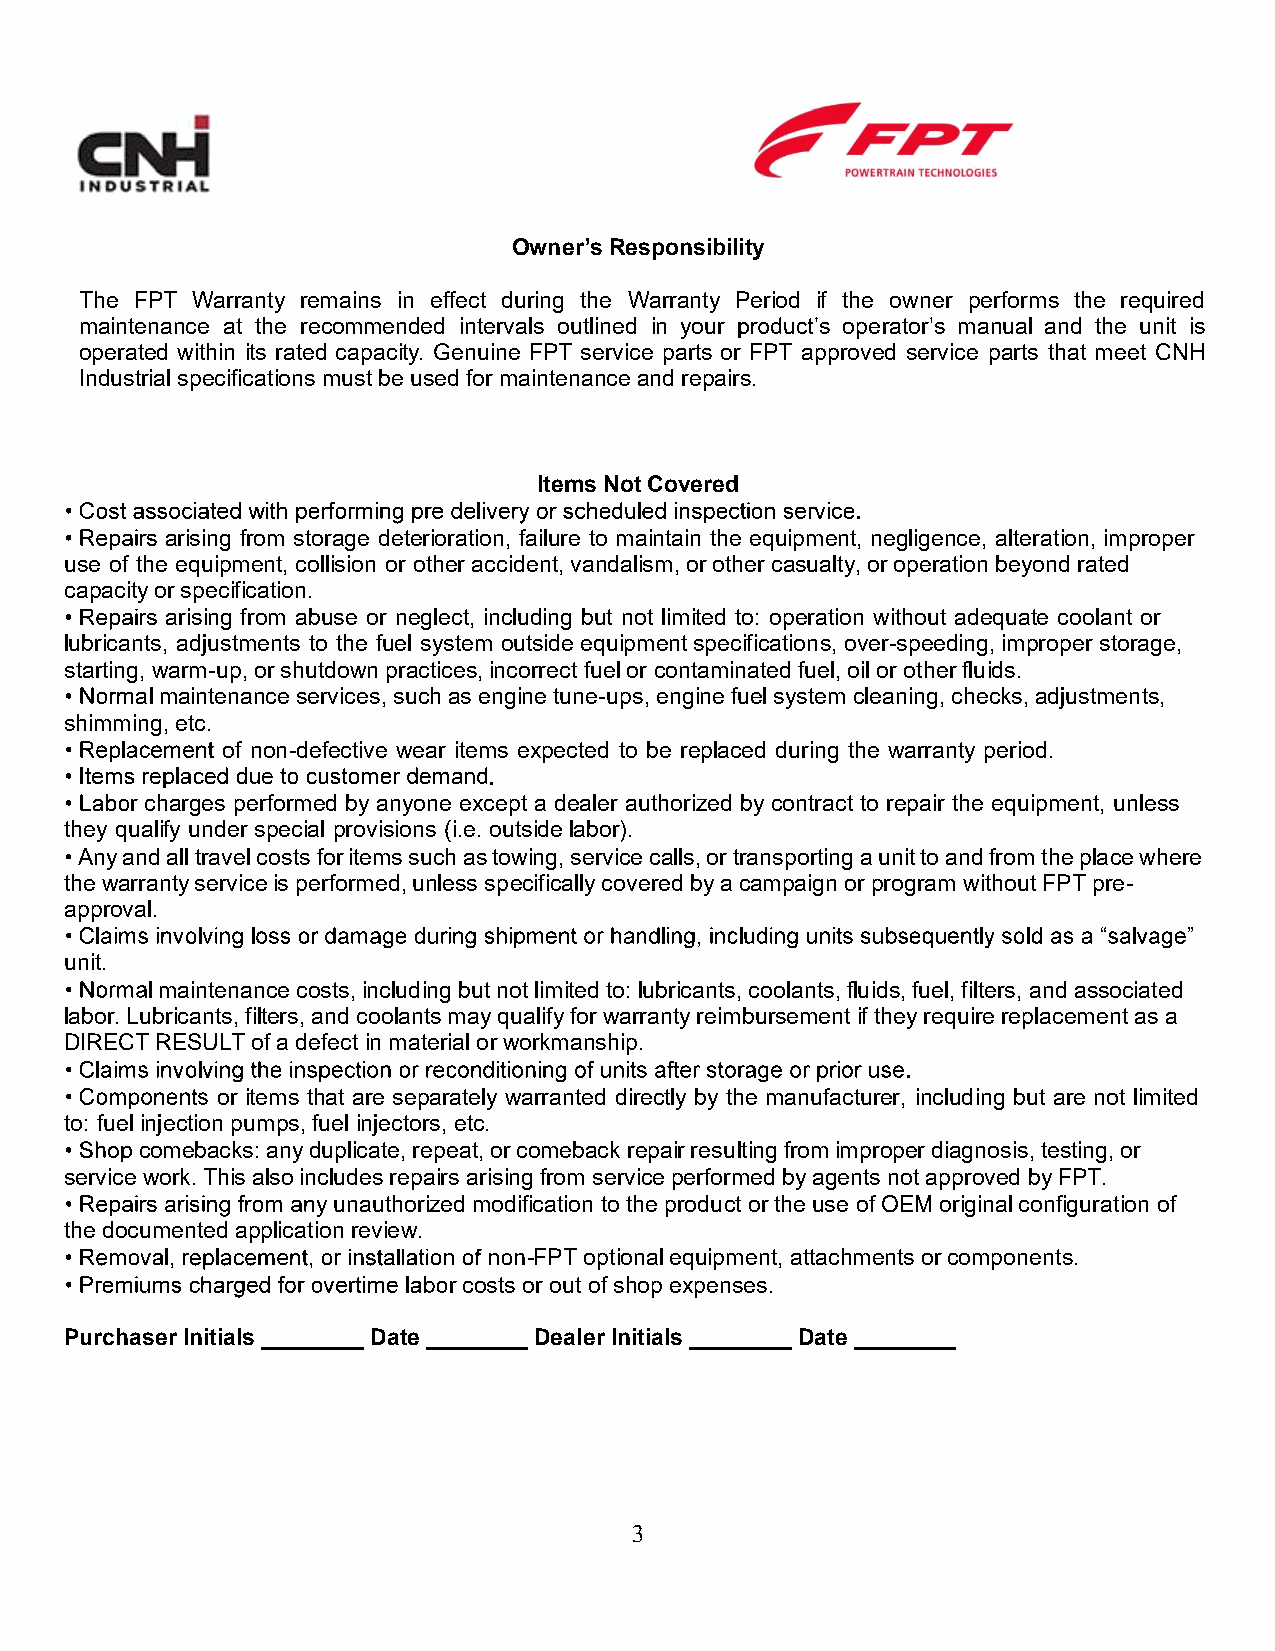
Owners Responsibility
 The FPT Warranty remains in effect during the Warranty Period if the owner performs the required
 maintenance at the recommended intervals outlined in your s operators manual and the unit is
 operated within its rated capacity. Genuine FPT service parts or FPT approved service parts that meet CNH
 Industrial specifications must be used for maintenance and repairs.
 Items Not Covered
 arising from storage deterioration, failure to maintain the equipment, negligence, alteration, improper
 use of the equipment, collision or other accident, vandalism, or other casualty, or operation beyond rated
 capacity or specification.
 arising from abuse or neglect, including but not limited to: operation without adequate coolant or
 lubricants, adjustments to the fuel system outside equipment specifications, over-speeding, improper storage,
 starting, warm-up, or shutdown practices, incorrect fuel or contaminated fuel, oil or other fluids.
 al maintenance services, such as engine tune-ups, engine fuel system cleaning, checks, adjustments,
 shimming, etc.
 of non-defective wear items expected to be replaced during the warranty period.
 r charges performed by anyone except a dealer authorized by contract to repair the equipment, unless
 they qualify under special provisions (i.e. outside labor).
 Any and all travel costs for items such as towing, service calls, or transporting a unit to and from the place where
 the warranty service is performed, unless specifically covered by a campaign or program without FPT pre-
 approval.
 unit.
 maintenance costs, including but not limited to: lubricants, coolants, fluids, fuel, filters, and associated
 labor. Lubricants, filters, and coolants may qualify for warranty reimbursement if they require replacement as a
 DIRECT RESULT of a defect in material or workmanship.
 or items that are separately warranted directly by the manufacturer, including but are not limited
 to: fuel injection pumps, fuel injectors, etc.
 comebacks: any duplicate, repeat, or comeback repair resulting from improper diagnosis, testing, or
 service work. This also includes repairs arising from service performed by agents not approved by FPT.
 y unauthorized modification to the product or the use of OEM original configuration of
 the documented application review.
 -FPT optional equipment, attachments or components.
 r costs or out of shop expenses.
 Purchaser Initials ________ Date ________ Dealer Initials ________ Date ________
 3